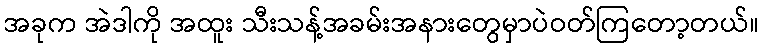
အခုက အဲဒါကို အထူး သီးသန့်အခမ်းအနားတွေမှာပဲဝတ်ကြတော့တယ်။